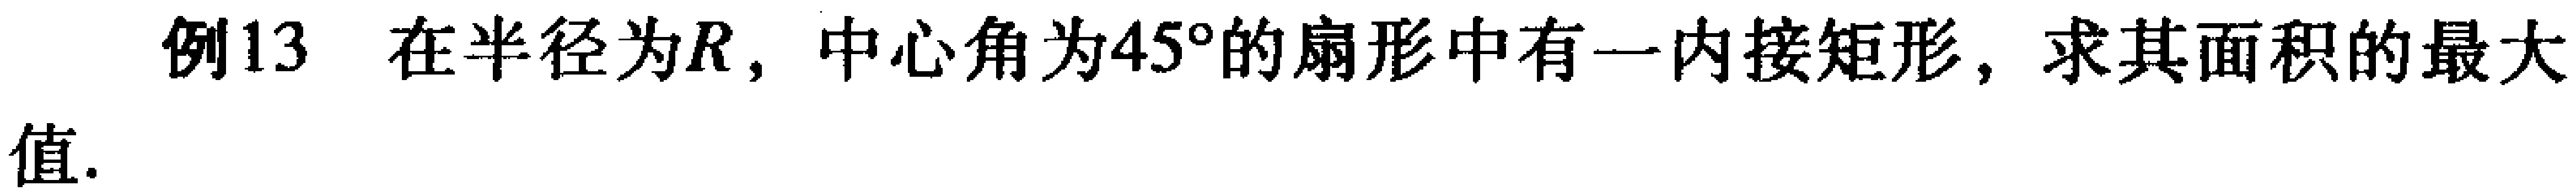
例13 在半径为\(R\)，中心角为\(45^{\circ}\)的扇形中有一内接矩形，求其面积的最大值.